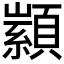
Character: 𮨙